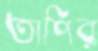
তাপির